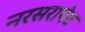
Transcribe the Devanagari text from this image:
नरसरापेट